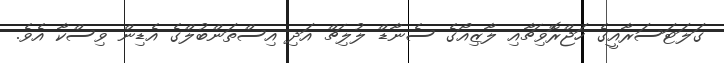
ގަލަޓަސަރާއީގެ ހަޖްރޮވިޗާއި ލާޒިއޯގެ ސެނާޑް ލުލިޗް އަދި އިސްތަންބުލްގެ އެޑިން ވިސްކާ އެވެ.